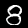
Digit: 8